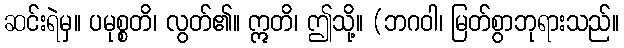
ဆင်းရဲမှ။ ပမုစ္စတိ၊ လွတ်၏။ ဣတိ၊ ဤသို့။ (ဘဂဝါ၊ မြတ်စွာဘုရားသည်။